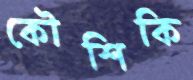
কৌশিকি